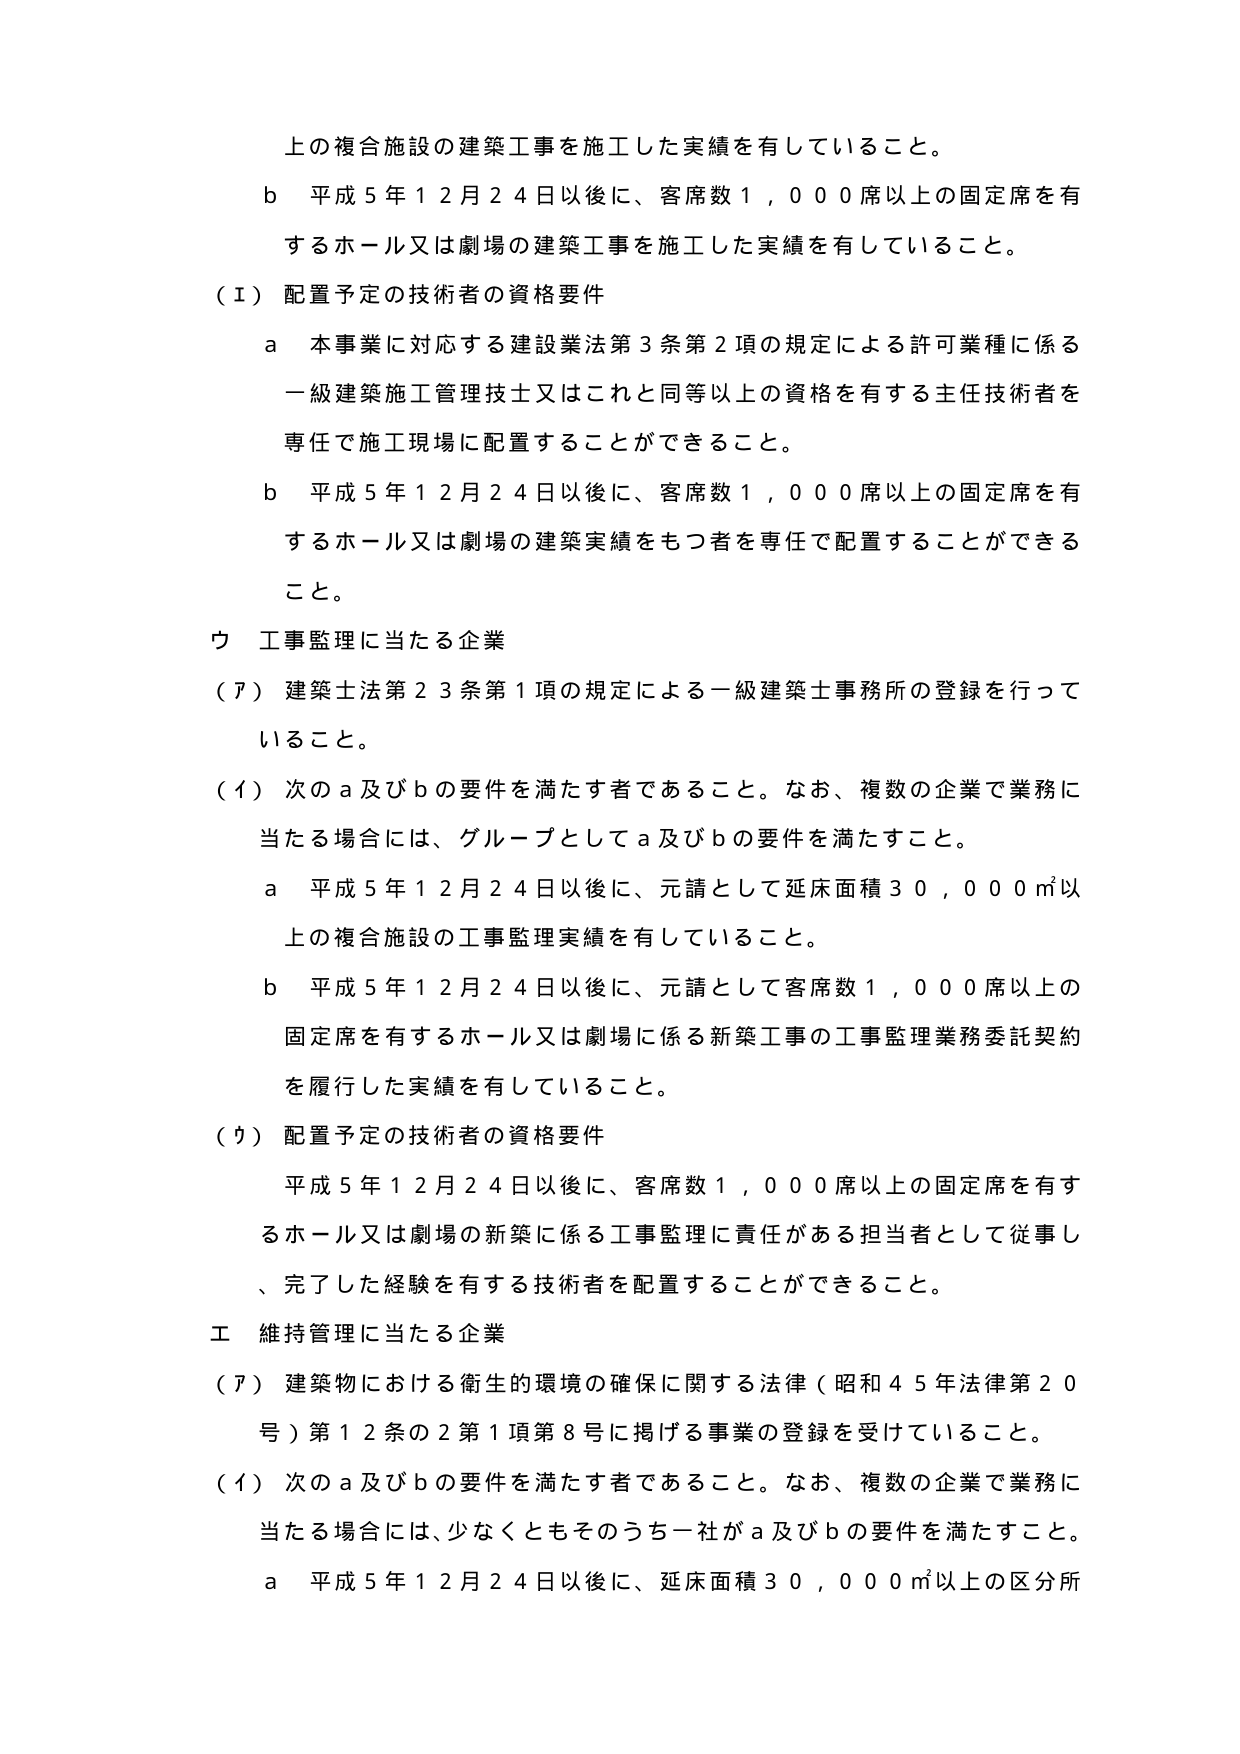
上の複合施設の建築工事を施工した実績を有していること。

b 平成５年１２月２４日以後に、客席数１，０００席以上の固定席を有するホール又は劇場の建築工事を施工した実績を有していること。

（Ⅰ）配置予定の技術者の資格要件

a 本事業に対応する建設業法第３条第２項の規定による許可業種に係る一級建築施工管理技士又はこれと同等以上の資格を有する主任技術者を専任で施工現場に配置することができる。

b 平成５年１２月２４日以後に、客席数１，０００席以上の固定席を有するホール又は劇場の建築実績をもつ者を専任で配置することができる。

ウ 工事監理に当たる企業

（ア）建築士法第２３条第１項の規定による一級建築士事務所の登録を行っていること。

（イ）次のａ及びｂの要件を満たす者であること。なお、複数の企業で業務に当たる場合には、グループとしてａ及びｂの要件を満たすこと。

a 平成５年１２月２４日以後に、元請として延床面積３０，０００㎡以上の複合施設の工事監理実績を有していること。

b 平成５年１２月２４日以後に、元請として客席数１，０００席以上の固定席を有するホール又は劇場に係る新築工事の工事監理業務委託契約を履行した実績を有していること。

（ウ）配置予定の技術者の資格要件

平成５年１２月２４日以後に、客席数１，０００席以上の固定席を有するホール又は劇場の新築に係る工事監理に責任がある担当者として従事し、完了した経験を有する技術者を配置することができる。

エ 維持管理に当たる企業

（ア）建築物における衛生的環境の確保に関する法律（昭和４５年法律第２０号）第１２条の２第１項第８号に掲げる事業の登録を受けていること。

（イ）次のａ及びｂの要件を満たす者であること。なお、複数の企業で業務に当たる場合には、少なくともそのうち一社がａ及びｂの要件を満たすこと。

a 平成５年１２月２４日以後に、延床面積３０，０００㎡以上の区分所